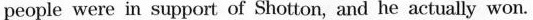
people were in support of Shotton, and he actually won.